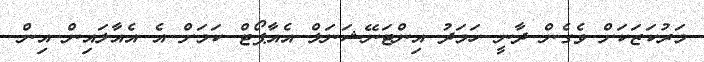
މަރުކަޒަކަށް ވެގެން ދާނީ ހަމަދު އިންޓަނޭޝަނަލް އެއާޕޯޓް ކަމަށް އެ އެއާލައިން އިން